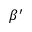
\beta ^ { \prime }